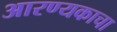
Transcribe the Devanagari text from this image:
आरण्यकाचा